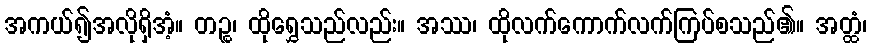
အကယ်၍အလိုရှိအံ့။ တဉ္စ၊ ထိုရွှေသည်လည်း။ အဿ၊ ထိုလက်ကောက်လက်ကြပ်စသည်၏။ အတ္ထံ၊